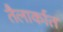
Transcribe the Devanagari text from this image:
तैलार्कात